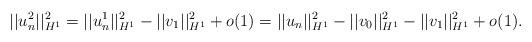
LaTeX: \begin{align*}||u_n^2||_{H^1}^2=||u_n^1||_{H^1}^2-||v_1||_{H^1}^2 +o(1)=||u_n||_{H^1}^2-||v_0||_{H^1}^2-||v_1||_{H^1}^2 +o(1).\end{align*}